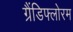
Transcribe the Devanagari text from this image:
ग्रैंडिफ्लोरम